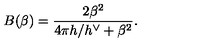
B ( \beta ) = \frac { 2 \beta ^ { 2 } } { 4 \pi h / h ^ { \vee } + \beta ^ { 2 } } .